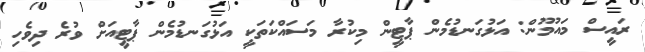
ރައީސް މައުމޫން: އަޅުގަނޑުމެން ޕާޓީން މިކުރާ މަސައްކަތަކީ އަޅުގަނޑުމެން ޕާޓީއަށް ވުރެ ދިވެހި